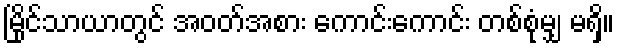
မြိုင်သာယာတွင် အဝတ်အစား ကောင်းကောင်း တစ်စုံမျှ မရှိ။